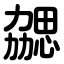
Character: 勰